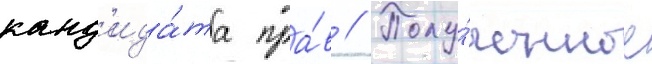
канд'ида́та пра́в // Полу́ченное